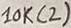
Text: 10K(2)